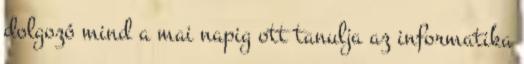
dolgozó mind a mai napig ott tanulja az informatika